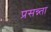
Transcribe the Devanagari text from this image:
प्रसन्न्ता